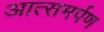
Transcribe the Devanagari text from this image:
आत्समर्पण